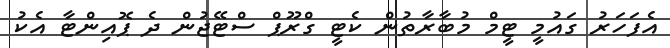
އެފަހަރު ގައުމީ ޓީމް މުބާރާތުން ކެޓީ ގްރޫޕް ސްޓޭޖުން ދެ ޕޮއިންޓާ އެކު